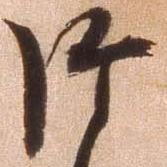
御